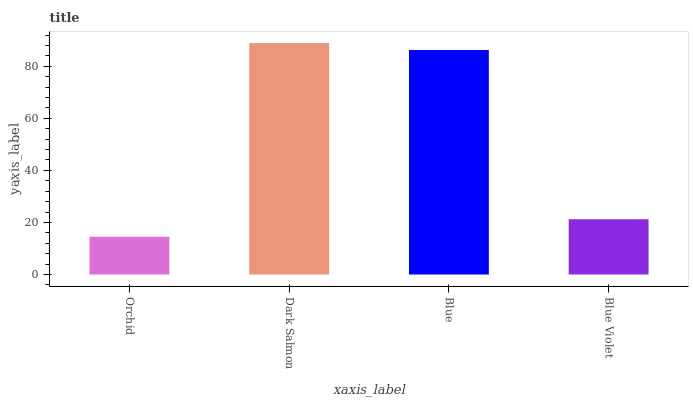
| xaxis_label | bars |
 | --- | --- |
 | Orchid | 14.5 |
 | Dark Salmon | 88.9 |
 | Blue | 86.3 |
 | Blue Violet | 21.2 |